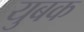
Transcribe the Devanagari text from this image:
युबक